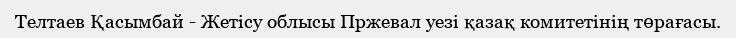
Телтаев Қасымбай - Жетісу облысы Пржевал уезі қазақ комитетінің төрағасы.